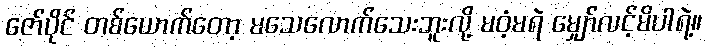
ဇော်ပိုင် တစ်ယောက်တော့ မသေလောက်သေးဘူးလို့ မဝံ့မရဲ မျှော်လင့်မိပါရဲ့။